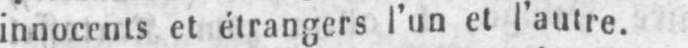
innocents et étrangers l’un et l’autre.